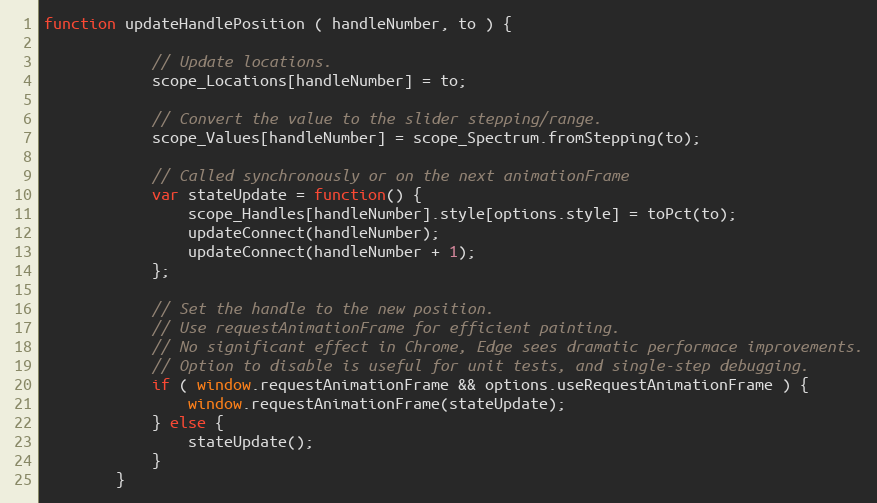
Language: JavaScript
function updateHandlePosition ( handleNumber, to ) {

            // Update locations.
            scope_Locations[handleNumber] = to;

            // Convert the value to the slider stepping/range.
            scope_Values[handleNumber] = scope_Spectrum.fromStepping(to);

            // Called synchronously or on the next animationFrame
            var stateUpdate = function() {
                scope_Handles[handleNumber].style[options.style] = toPct(to);
                updateConnect(handleNumber);
                updateConnect(handleNumber + 1);
            };

            // Set the handle to the new position.
            // Use requestAnimationFrame for efficient painting.
            // No significant effect in Chrome, Edge sees dramatic performace improvements.
            // Option to disable is useful for unit tests, and single-step debugging.
            if ( window.requestAnimationFrame && options.useRequestAnimationFrame ) {
                window.requestAnimationFrame(stateUpdate);
            } else {
                stateUpdate();
            }
        }